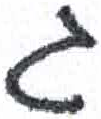
אות: ג